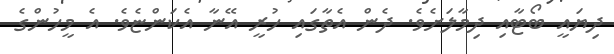
ދިޔައީ ބޯޓާއި ދިމާލަށެވެ. ދެން އެތާގައި ހުރީ އޭނާ އެކަންޏެވެ. އެ މީހުންގެ